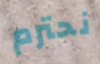
نحترم